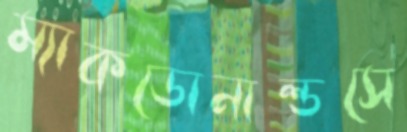
ম্যাকডোনাল্ডসে